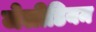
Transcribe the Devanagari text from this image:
जेलीडियम